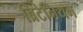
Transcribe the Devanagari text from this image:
ब्रिटेनियम